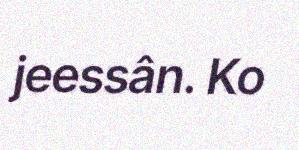
jeessân. Ko